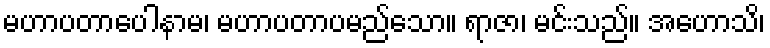
မဟာပတာပေါနာမ၊ မဟာပတာပမည်သော။ ရာဇာ၊ မင်းသည်။ အဟောသိ၊